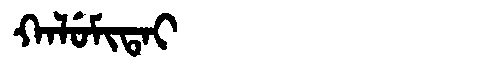
Manchu: ᡴᠠᠯᡠᠮᡳᡨᠠᡳ
Romanization: KALUMITAI